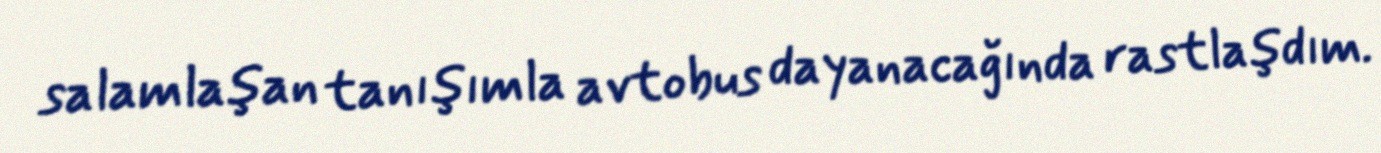
salamlaşan tanışımla avtobus dayanacağında rastlaşdım.